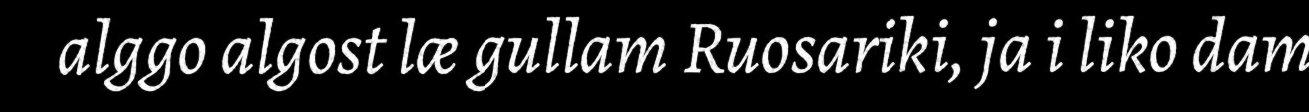
alggo algost læ gullam Ruosariki, ja i liko dam